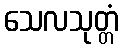
သေလသုတ္တံ